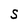
Character: S